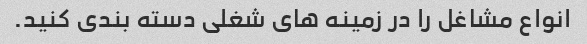
انواع مشاغل را در زمینه های شغلی دسته بندی کنید.